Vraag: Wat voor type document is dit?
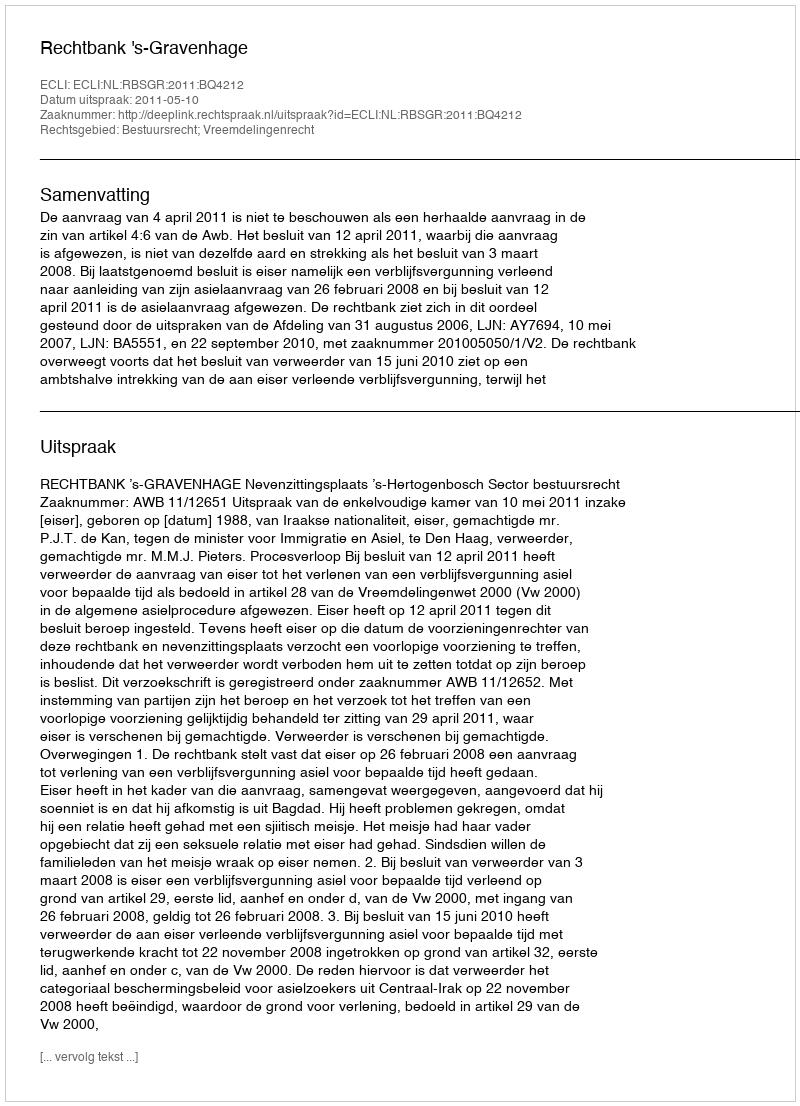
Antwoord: Uitspraak